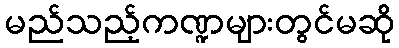
မည်သည့်ကဏ္ဍများတွင်မဆို